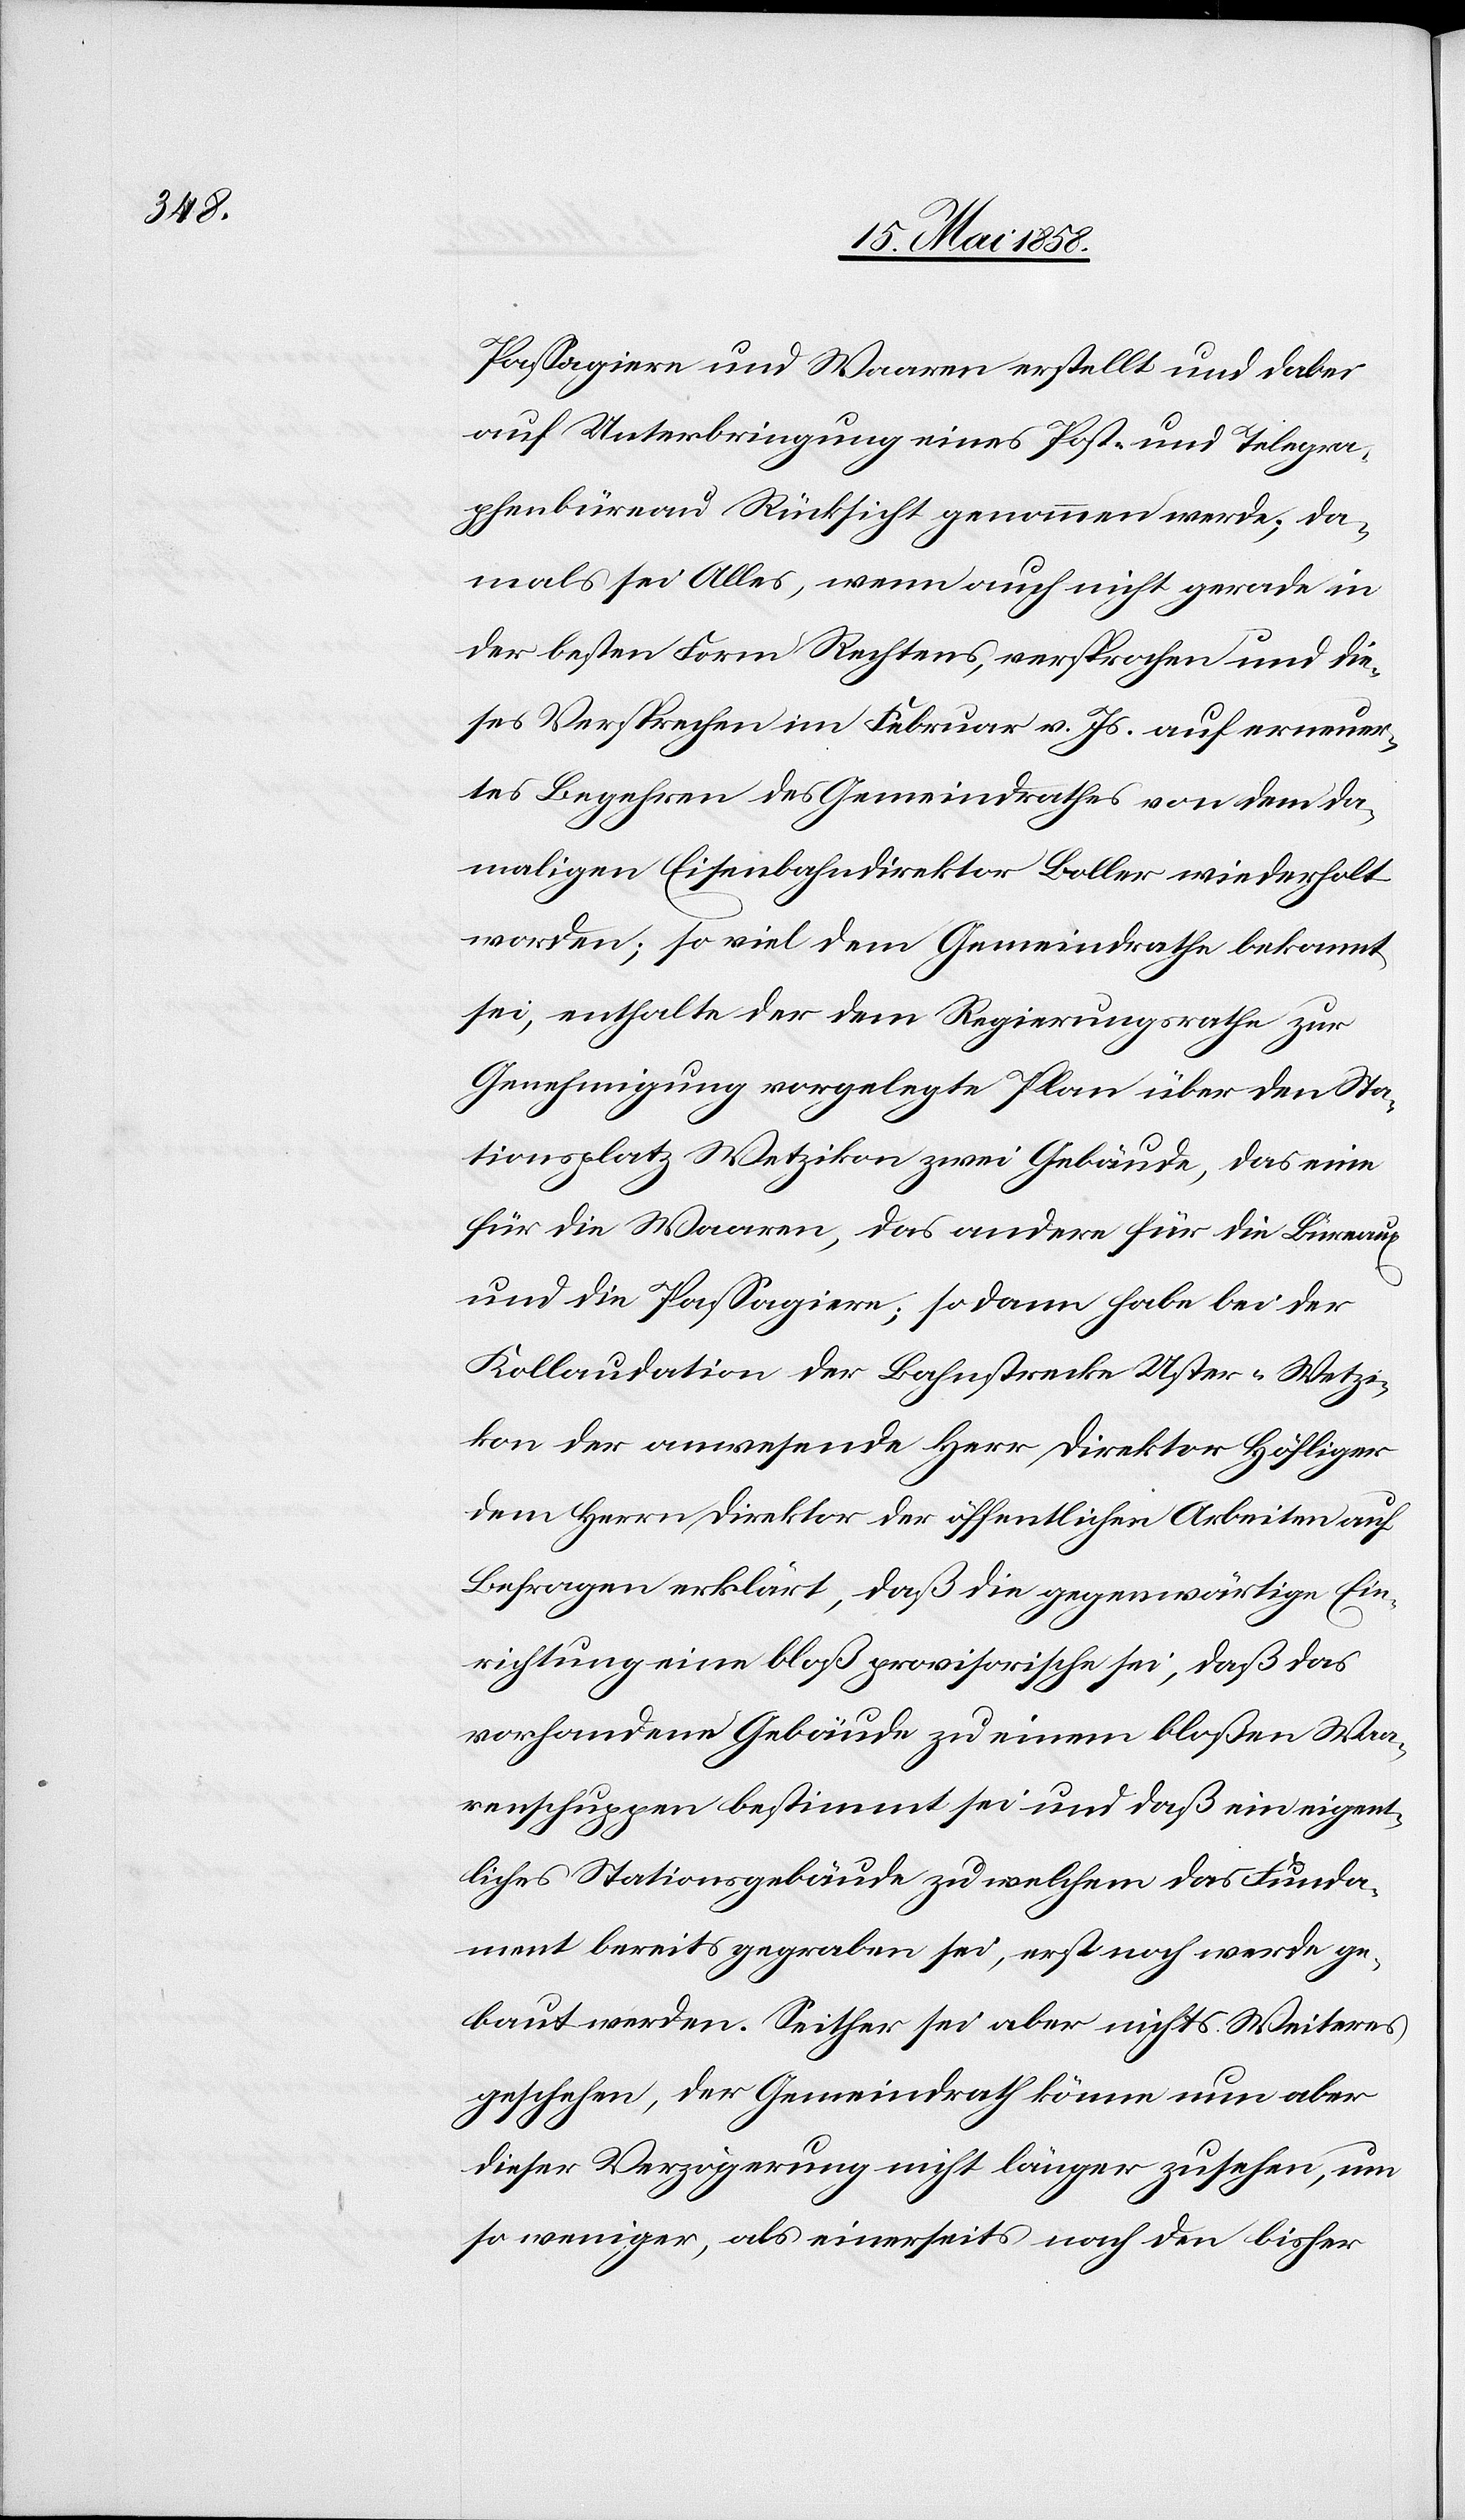
Passagiere und Waaren erstellt und dabei
auf Unterbringung eines Post- und Telegra¬
phenbüreau Rücksicht genommen werde; da¬
mals sei Alles, wenn auch nicht gerade in
der besten Form Rechtens, versprochen und die¬
ses Versprechen im Februar v. Js. auf erneuer¬
tes Begehren des Gemeindrathes von dem da¬
maligen Eisenbahndirektor Boller wiederholt
worden; so viel dem Gemeindrathe bekannt
sei, enthalte der dem Regierungsrathe zur
Genehmigung vorgelegte Plan über den Sta¬
tionsplatz Wetzikon zwei Gebäude, das eine
für die Waaren, das andere für die Bureaux
und die Passagiere; sodann habe bei der
Kollaudation der Bahnstrecke Uster–Wetzi¬
kon der anwesende Herr Direktor Höfliger
dem Herrn Direktor der öffentlichen Arbeiten auf
Befragen erklärt; daß die gegenwärtige Ein¬
richtung eine bloß provisorische sei, daß das
vorhandene Gebäude zu einem bloßen Waa¬
renschuppen bestimmt sei und daß ein eigent¬
liches Stationsgebäude zu welchem das Funda¬
ment bereits gegraben sei, erst noch werde ge¬
baut werden. Seither sei aber nichts Weiteres
geschehen, der Gemeindrath könne nun aber
dieser Verzögerung nicht länger zusehen, um
so weniger, als einerseits nach den bisher